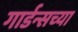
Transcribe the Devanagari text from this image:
गार्डन्सच्या